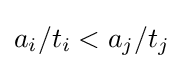
a_{i}/t_{i}<a_{j}/t_{j}